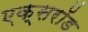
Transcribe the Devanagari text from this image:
एक्सरॉड